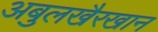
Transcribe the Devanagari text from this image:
अबुलखैरखान